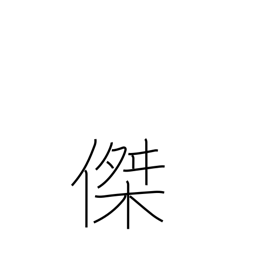
Meaning: excellence